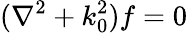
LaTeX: (\nabla^{2}+k_{0}^{2})f=0